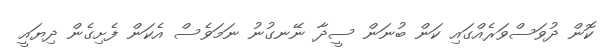
ކޮން ދުވަސްވަރެއްގައި ކަން ބުނަން ސީދާ ނޭނގުނު ނަމަވެސް އެކަން ފެށިގެން ދިޔައީ